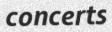
concerts